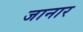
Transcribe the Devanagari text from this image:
जानार